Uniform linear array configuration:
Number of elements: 8
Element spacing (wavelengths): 1
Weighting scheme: hamming
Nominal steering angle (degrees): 30
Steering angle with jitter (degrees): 28.306
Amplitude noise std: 0.05
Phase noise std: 0.05

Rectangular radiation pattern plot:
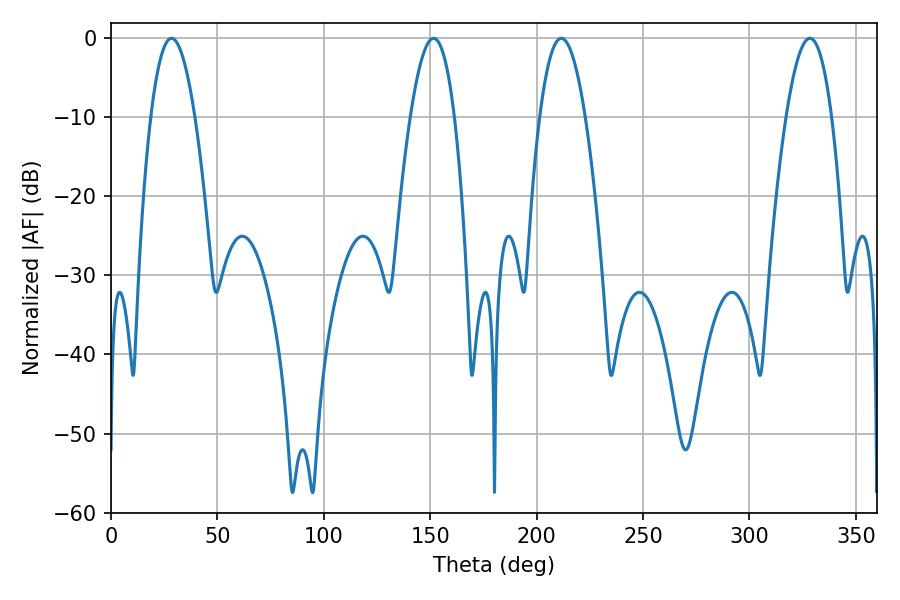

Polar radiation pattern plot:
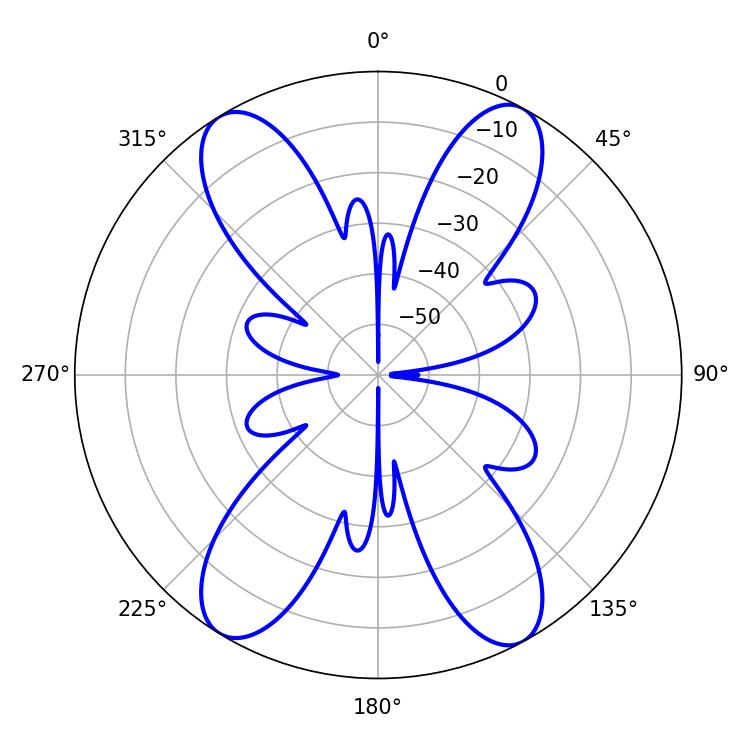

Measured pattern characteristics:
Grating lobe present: TRUE
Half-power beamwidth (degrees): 11.52
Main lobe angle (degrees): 28.44